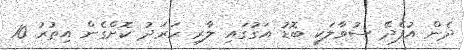
ދެން އުފެދޭ ސުވާލަކީ ބޮޑު އަގުގައި ލާރި ހަރަދު ކޮށްގެން އިތުރު 10